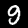
Digit: 9